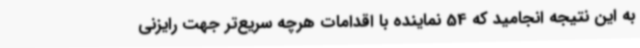
به این نتیجه انجامید که 54 نماینده با اقدامات هرچه‌ سریع‌تر جهت رایزنی